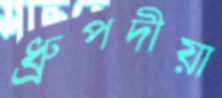
ধ্রুপদীয়া